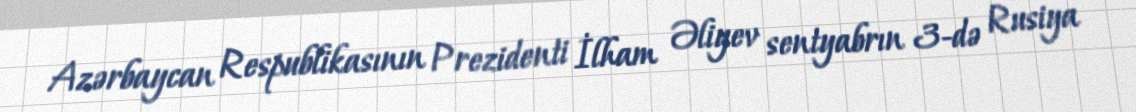
Azərbaycan Respublikasının Prezidenti İlham Əliyev sentyabrın 3-də Rusiya